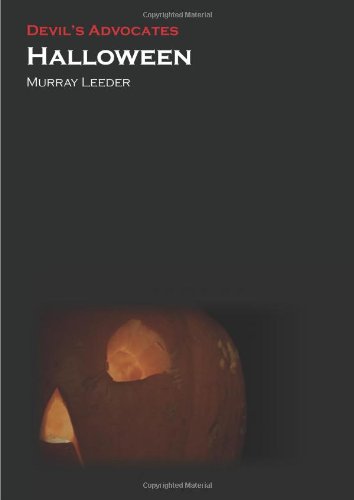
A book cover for Halloween (Devil's Advocates); Murray Leeder; Humor & Entertainment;